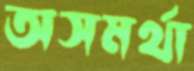
অসমর্থা